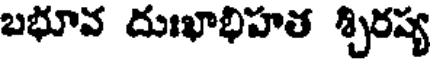
బభూవ దుఃఖాభిహత శ్చిరష్య